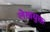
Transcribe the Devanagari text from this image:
लेखयुक्त